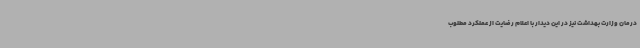
درمان وزارت بهداشت نیز در این دیدار با اعلام رضایت از عملکرد مطلوب